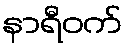
နာရီဝက်